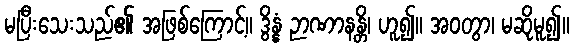
မပြီးသေးသည်၏ အဖြစ်ကြောင့်။ ဒွိန္နံ ဉာဏာနန္တိ၊ ဟူ၍။ အဝတွာ၊ မဆိုမူ၍။